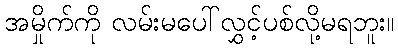
အမှိုက်ကို လမ်းမပေါ်လွှင့်ပစ်လို့မရဘူး။